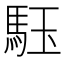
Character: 𩢤